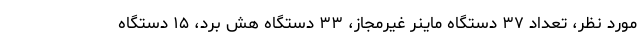
مورد نظر، تعداد ۳۷ دستگاه ماینر غیرمجاز، ۳۳ دستگاه هش برد، ۱۵ دستگاه